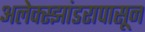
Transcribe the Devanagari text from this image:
अलेक्स्झांडरापासून